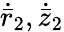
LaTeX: \dot{\bar{r}}_{2},\dot{\bar{z}}_{2}